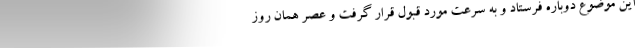
این موضوع دوباره فرستاد و به سرعت مورد قبول قرار گرفت و عصر همان روز